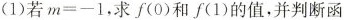
(1)若$$m=-1$$，求f(0)和f(1)的值，并判断函